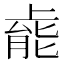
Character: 𫠹